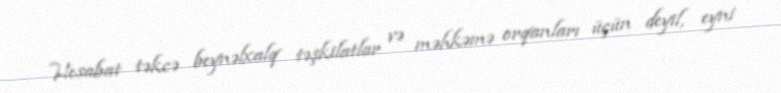
Hesabat təkcə beynəlxalq təşkilatlar və məhkəmə orqanları üçün deyil, eyni